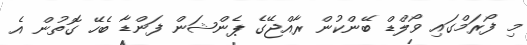
މި ފޯރަމްގައި ވޯލްޑް ބޭންކުން ރާއްޖޭގެ ޕެންޝަން ފަންޑާ ބެހޭ ގޮތުން އެ